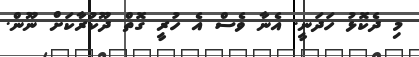
މި ދެކޮޅު ހަދަނީ. އެނާ ވެސް އެ ހުރީ ގޮތް ދޫކުރާކަށް ނޫން.